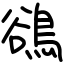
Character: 鵒